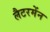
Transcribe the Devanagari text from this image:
लैटरमेंन